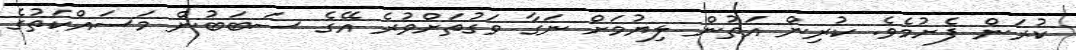
ކުރަން ފެށުމެވެ. ކުރިން އަތުން ލިޔުމަށް ނަގާ ވަގުތަށްވުރެ އޭގެ ސަބަބުން މަސައްކަތުގެ